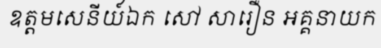
ឧត្តមសេនីយ៍ឯក សៅ សារឿន អគ្គនាយក